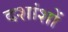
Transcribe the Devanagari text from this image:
दशांशों